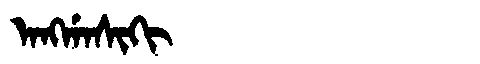
Manchu: ᠠᠩᡤᠠᠰᡳᡴᡳ
Romanization: ANGGASIKI